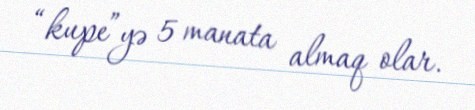
“kupe”yə 5 manata almaq olar.